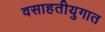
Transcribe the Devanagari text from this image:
वसाहतीयुगात